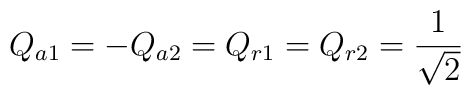
Q_{a 1}=-Q_{a 2}=Q_{r 1}=Q_{r 2}={1\over \sqrt{2}}